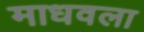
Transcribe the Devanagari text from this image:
माधवला